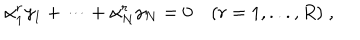
LaTeX: \alpha _ { 1 } ^ { r } \gamma _ { 1 } + \dots + \alpha _ { N } ^ { r } \gamma _ { N } = 0 \quad ( r = 1 , . . . , R ) \; ,